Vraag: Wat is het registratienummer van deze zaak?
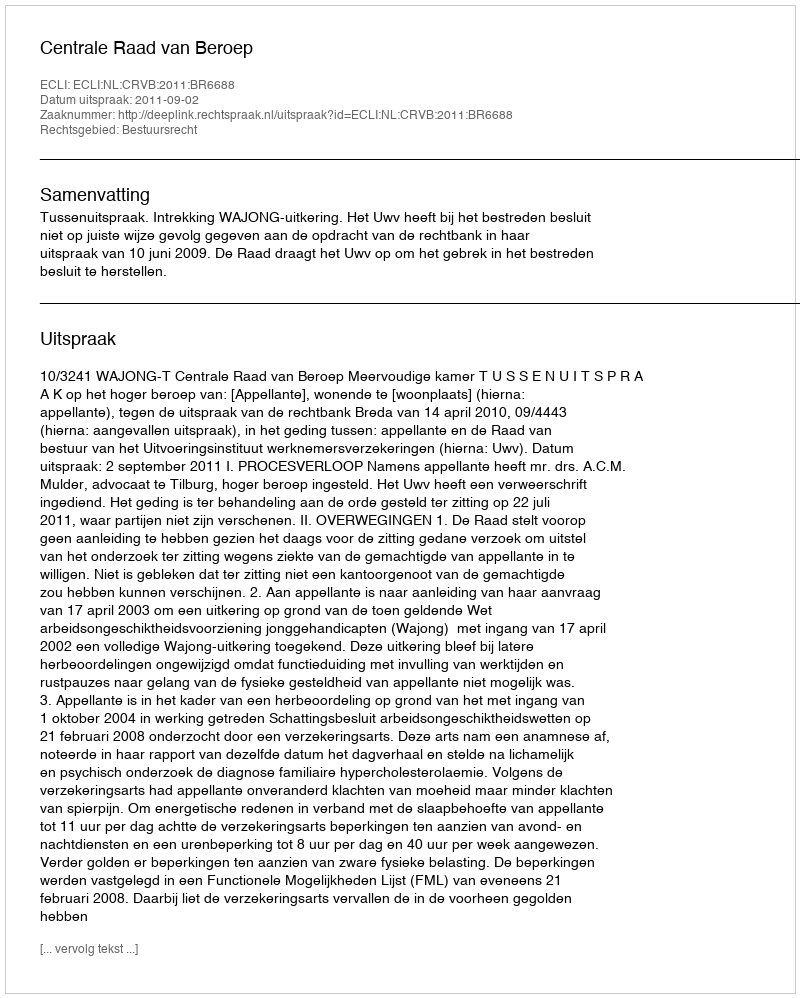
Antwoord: http://deeplink.rechtspraak.nl/uitspraak?id=ECLI:NL:CRVB:2011:BR6688